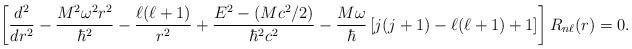
LaTeX: \begin{align*}\left[\frac{d^2}{dr^2}-\frac{M^2\omega^2r^2}{\hbar^2}-\frac{\ell(\ell+1)}{r^2}+\frac{E^2-\left(Mc^2/2\right)}{\hbar^2c^2}-\frac{M\omega}{\hbar}\left[j(j+1)-\ell(\ell+1)+1\right]\right]R_{n\ell}(r)=0.\end{align*}